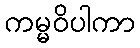
ကမ္မဝိပါကာ